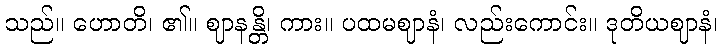
သည်။ ဟောတိ၊ ၏။ ဈာနန္တိ၊ ကား။ ပထမဈာနံ၊ လည်းကောင်း။ ဒုတိယဈာနံ၊